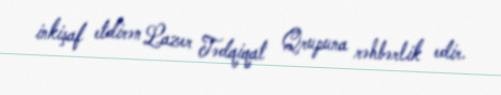
inkişaf etdirən Lazer Tədqiqat Qrupuna rəhbərlik edir.